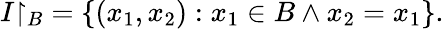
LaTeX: I{\upharpoonright_{B}}=\{ (x_{1},x_{2}):x_{1}\in B\land x_{2}=x_{1}\} .